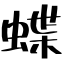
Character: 蝶